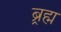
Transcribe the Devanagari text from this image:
ब्र्रह्म